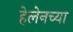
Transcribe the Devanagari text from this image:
हेलेनच्या